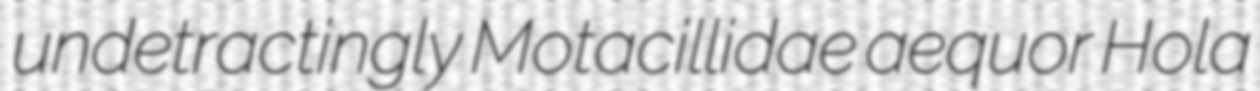
undetractingly Motacillidae aequor Hola